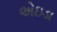
એઇડા